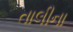
તાલીના